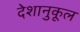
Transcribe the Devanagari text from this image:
देशानुकूल